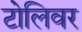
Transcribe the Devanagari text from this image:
टोलिवर